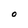
Character: O